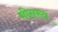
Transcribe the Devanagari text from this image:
गीतस्य